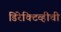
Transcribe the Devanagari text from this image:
डिरेक्टिव्हीची